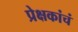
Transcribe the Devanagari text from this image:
प्रेक्षकांचं